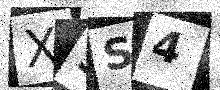
Text: X9S4